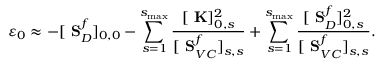
\varepsilon _ { 0 } \approx - [ \mathrm { \bf ~ S } _ { D } ^ { f } ] _ { 0 , 0 } - \sum _ { s = 1 } ^ { s _ { \mathrm { m a x } } } \frac { [ \mathrm { \bf ~ K } ] _ { 0 , s } ^ { 2 } } { [ \mathrm { \bf ~ S } _ { V C } ^ { f } ] _ { s , s } } + \sum _ { s = 1 } ^ { s _ { \mathrm { m a x } } } \frac { [ \mathrm { \bf ~ S } _ { D } ^ { f } ] _ { 0 , s } ^ { 2 } } { [ \mathrm { \bf ~ S } _ { V C } ^ { f } ] _ { s , s } } .